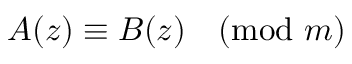
A ( z ) \equiv B ( z ) { \pmod { m } }